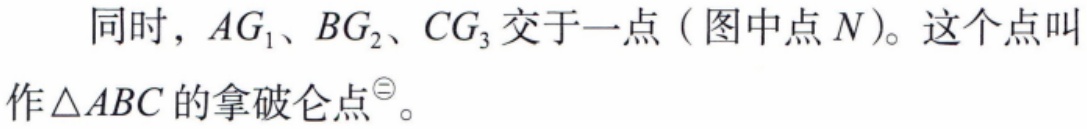
同时，\(AG_{1}\)、\(BG_{2}\)、\(CG_{3}\)交于一点（图中点\(N\)）。这个点叫作\(\triangle ABC\)的拿破仑点\(^{\circledR}\)。